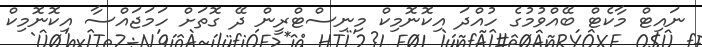
ނައިޓް މާކެޓް ބޭއްވުމުގެ ހުއްދަ އިކޮނޮމިކް މިނިސްޓްރީން ދޭ ގޮތަށް ހަމަޖައްސާ އިކޮނޮމިކް